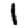
Digit: 1